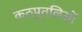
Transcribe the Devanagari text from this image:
कठपुतलिओं